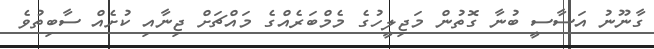
ގާނޫނު އަސާސީ ބުނާ ގޮތުން މަޖިލީހުގެ މެމްބަރެއްގެ މައްޗަށް ޖިނާއި ކުށެއް ސާބިތުވެ